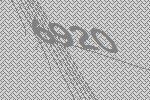
6920